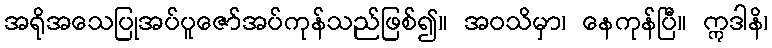
အရိုအသေပြုအပ်ပူဇော်အပ်ကုန်သည်ဖြစ်၍။ အဝသိမှာ၊ နေကုန်ပြီ။ ဣဒါနိ၊